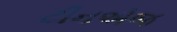
ટીનએજ